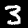
Label: 3